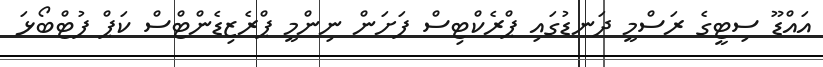
އައްޑޫ ސިޓީގެ ރަސްމީ ދަނޑުގައި ޕްރެކްޓިސް ފަށަން ނިންމީ ޕްރެޒިޑެންޓްސް ކަޕް ފުޓްބޯޅަ